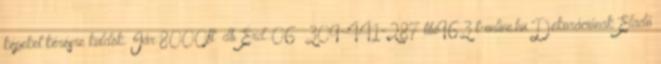
képeket kérésre küldök. Iár:8000ft db Érd.:06 309-441-287 tibi963 t-online.hu Dekorációnak Eladó